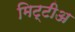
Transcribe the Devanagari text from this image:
मिट्टीअ